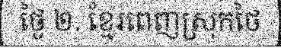
ថ្ងៃ ២. ខ្មែរពេញស្រុកថៃ